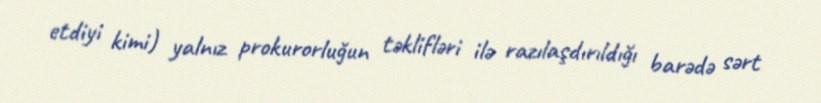
etdiyi kimi) yalnız prokurorluğun təklifləri ilə razılaşdırıldığı barədə sərt